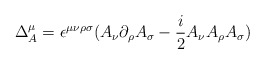
\begin{align*}\Delta^\mu_A=\epsilon^{\mu\nu\rho\sigma}(A_\nu\partial_\rho A_\sigma-{i\over2}A_\nu A_\rho A_\sigma)\end{align*}